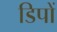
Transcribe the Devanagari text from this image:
डिपों